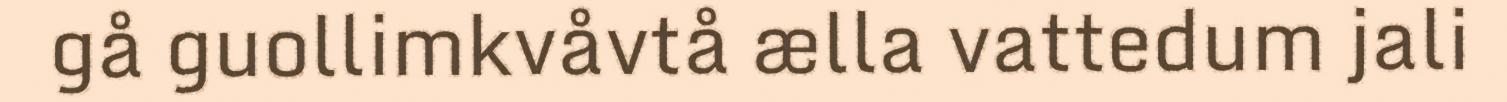
gå guollimkvåvtå ælla vattedum jali